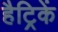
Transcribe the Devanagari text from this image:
हैट्रिकें